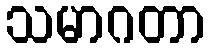
သမာဂတာ